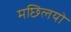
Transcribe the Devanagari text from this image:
मछ्लियो